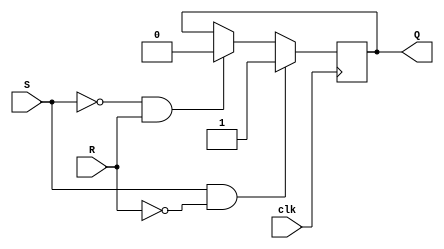
module sr_flipflop (
    input wire S, // Set input
    input wire R, // Reset input
    input wire clk, // Clock input
    output reg Q // Output
);

reg Q;

always @(posedge clk) begin
    if (S && !R) // Set
        Q <= 1'b1;
    else if (!S && R) // Reset
        Q <= 1'b0;
    // Do nothing if both S and R are high (forbidden state)
end

endmodule